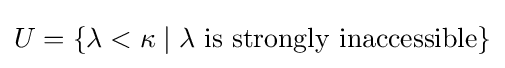
U=\{\lambda <\kappa \mid \lambda {\text{ is strongly inaccessible}}\}